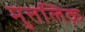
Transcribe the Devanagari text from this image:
मुत्तलिक़